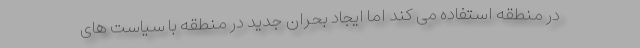
در منطقه استفاده می کند اما ایجاد بحران جدید در منطقه با سیاست های